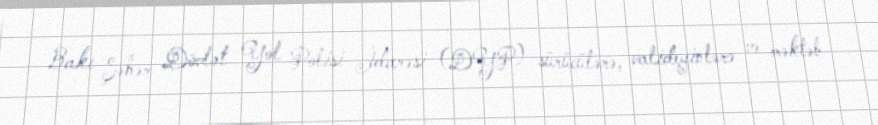
Bakı Şəhər Dövlət Yol Polisi İdarəsi (DYP) sürücülərə, valideyinlərə və məktəb